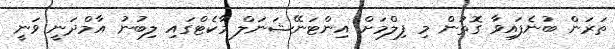
ތަރަން ބުނެފައިވާ ގޮތުން މި ފިލްމަށް އިންޓަނޭޝަނަލް މާކެޓްގައި ލިބުނު އާމްދަނީ ވަނީ